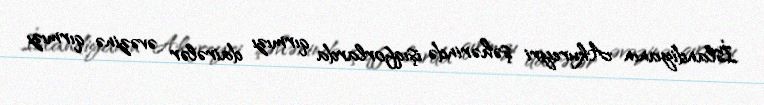
İslandiyanın Akureyri şəhərində işıqforlarda qırmızı dairələr əvəzinə qırmızı